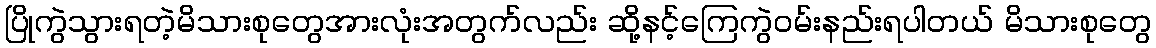
ပြိုကွဲသွားရတဲ့မိသားစုတွေအားလုံးအတွက်လည်း ဆို့နင့်ကြေကွဲဝမ်းနည်းရပါတယ် မိသားစုတွေ